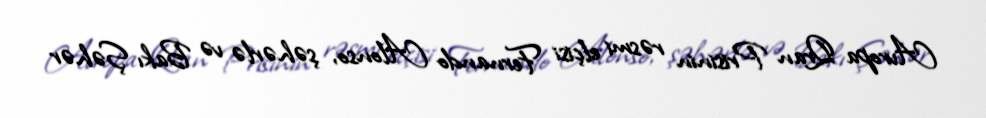
Avropa Qran Prisinin rəsmi elçisi Fernando Alonso, şəhərlə və Bakı Şəhər